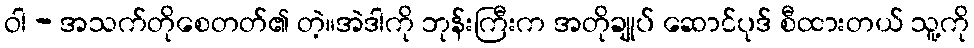
ဝါ - အသက်တိုစေတတ်၏ တဲ့။အဲဒါကို ဘုန်းကြီးက အတိုချုပ် ဆောင်ပုဒ် စီထားတယ် သူ့ကို